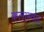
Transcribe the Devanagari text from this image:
कलास्वाद